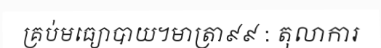
គ្រប់មធ្យោបាយ។មាត្រា៩៩ : តុលាការ